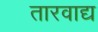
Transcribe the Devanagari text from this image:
तारवाद्य